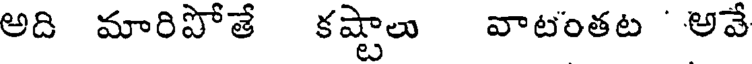
అది మారిపోతే కష్టాలు వాటంతట ' అవే